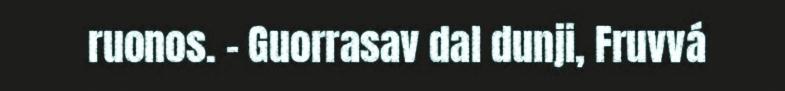
ruonos. – Guorrasav dal dunji, Fruvvá